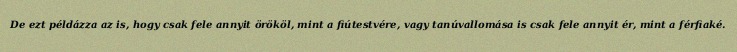
De ezt példázza az is, hogy csak fele annyit örököl, mint a fiútestvére, vagy tanúvallomása is csak fele annyit ér, mint a férfiaké.